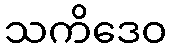
သကိဒေဝ